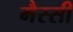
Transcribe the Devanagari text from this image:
मैस्सी